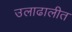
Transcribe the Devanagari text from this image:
उलाढालीत